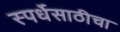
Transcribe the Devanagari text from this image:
स्पर्धेसाठीचा